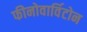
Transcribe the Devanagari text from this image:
फीनोवार्विटोन